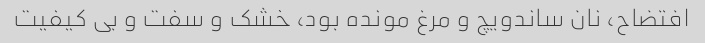
افتضاح، نان ساندویچ و مرغ مونده بود، خشک و سفت و بی کیفیت